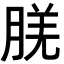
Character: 𬁿